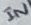
Text: IN